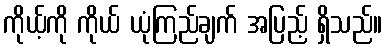
ကိုယ့်ကို ကိုယ် ယုံကြည်ချက် အပြည့် ရှိသည်။